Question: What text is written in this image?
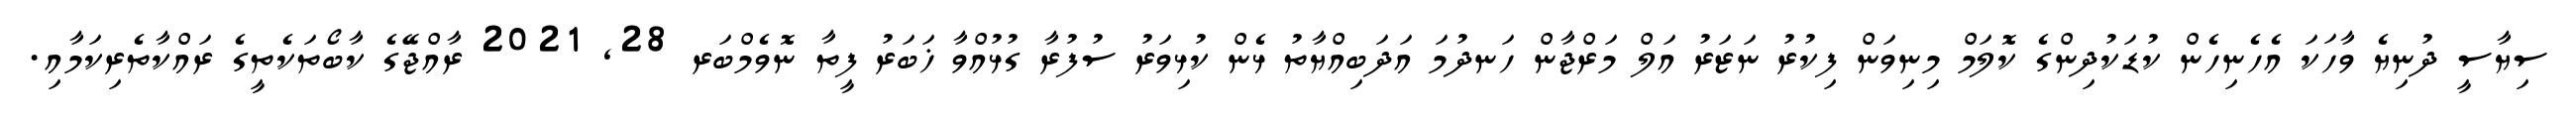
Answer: ސިޔާސީ ދުނިޔެ ވާހަކަ އެހެނިހެން ކުޑަކުދިންގެ ކޮލަމް މިނިވަން ފިކުރު ނަޒަރު އަލް މަރްޖާން ހަނދުމަ އަދަބިއްޔާތު ޅެން ކުޅިވަރު ސުފުރާ ގުޅުއްވާ ޚަބަރު ފީތާ ނޮވެމްބަރ 28, 2021 ރާއްޖޭގެ ކާބޯތަކެތީގެ ރައްކާތެރިކަމާއި.